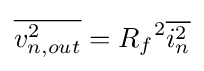
{\overline {v_{n,out}^{2}}}={R_{f}}^{2}{\overline {i_{n}^{2}}}